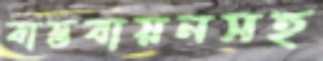
বাস্তবায়নসহ